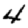
Digit: 4